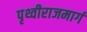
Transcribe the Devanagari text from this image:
पृथ्वीराजमार्ग